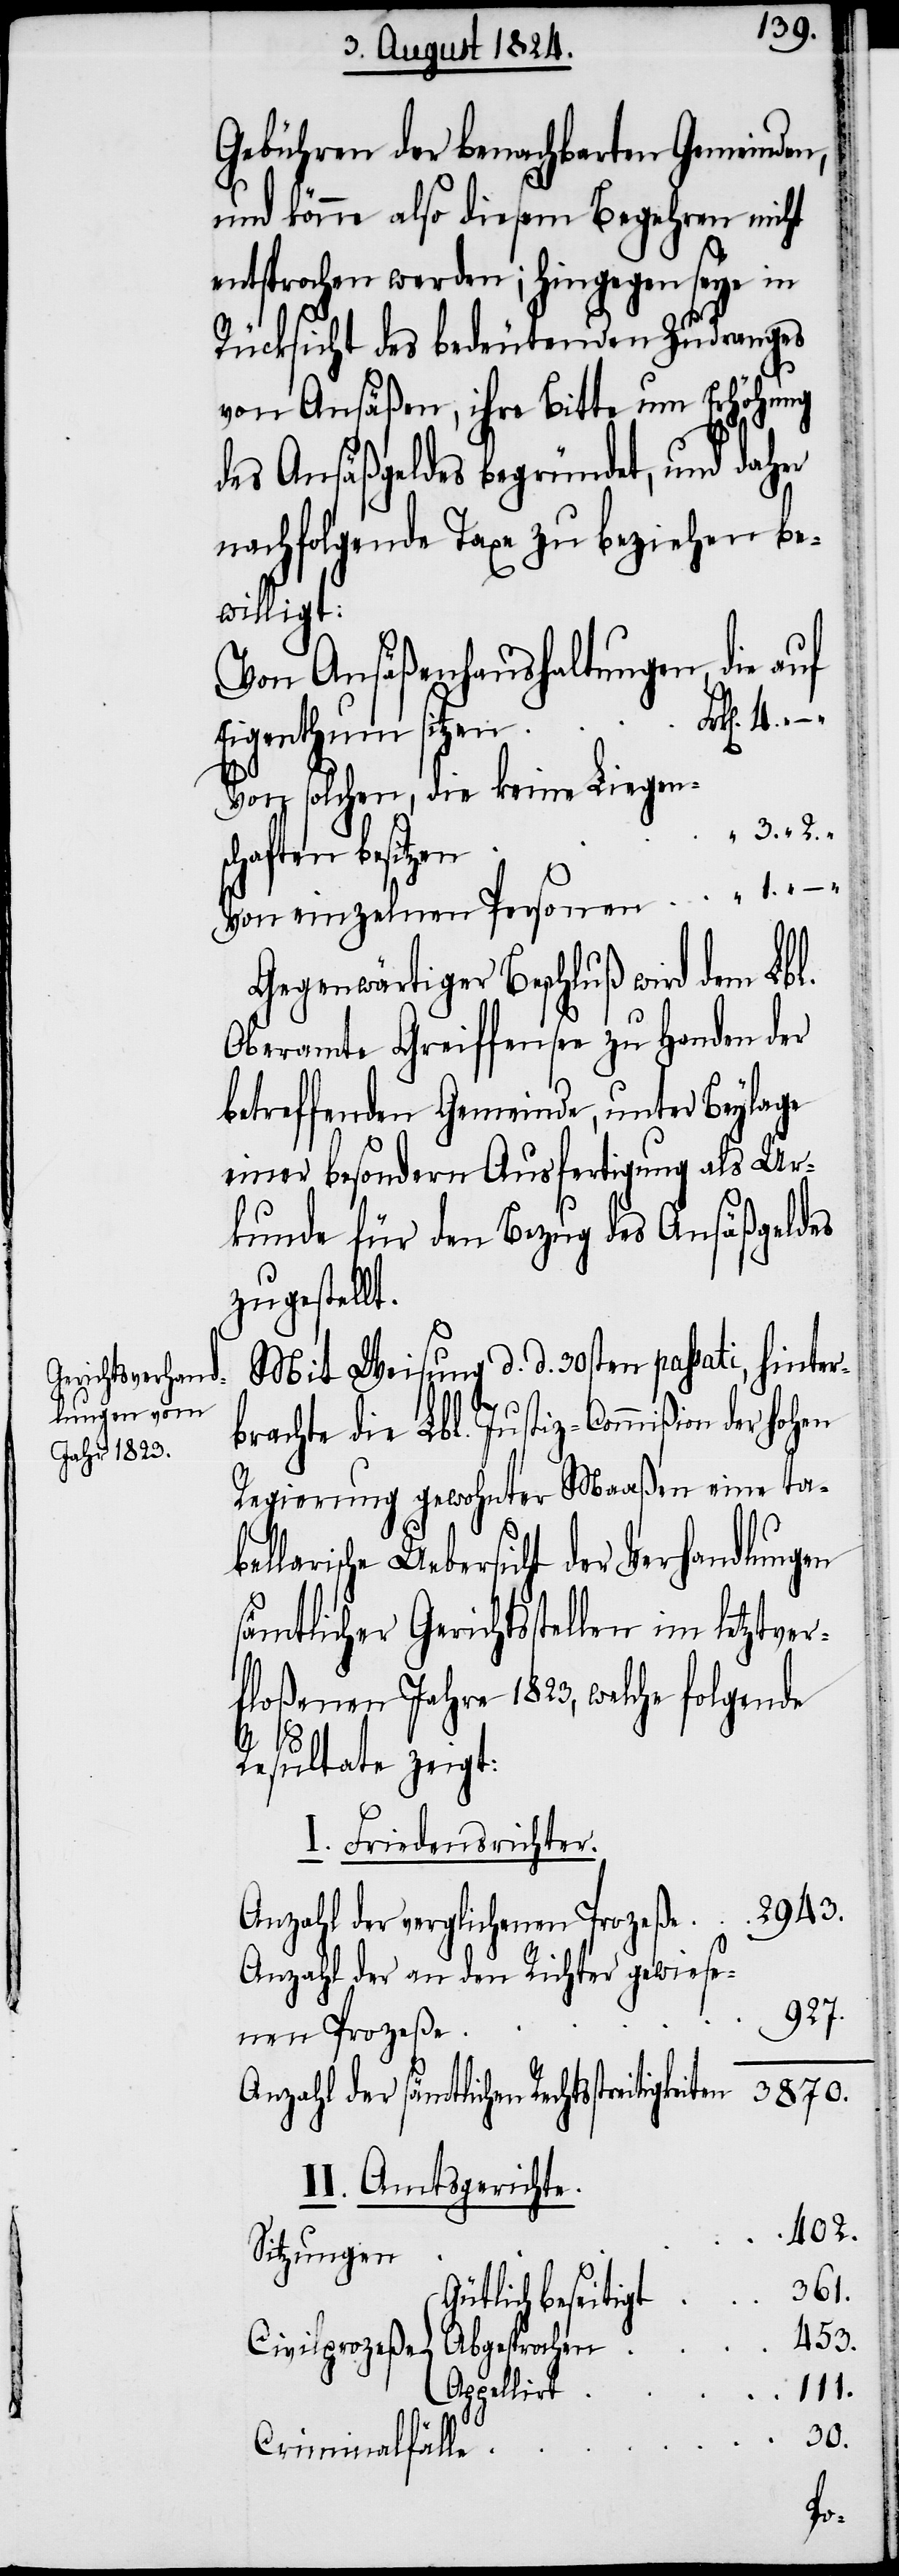
Gebühren der benachbarten Gemeinden,
und könne also diesem Begehren nicht
entsprochen werden; hingegen seye in
Rücksicht des bedeutenden Zudranges
von Ansäßen, ihre Bitte um Erhöhung
des Ansäßgeldes begründet, und daher
nachfolgend Taxe zu beziehen be¬
willigt:
Von Ansäßenhaushaltungen, die auf
tztver¬
4.
Eigenthum sitze¬
Von solchen, die keine Liegen¬
“ 3. 2.
gkeiten
Gegenwärtiger Beschluß wird dem Lbl.
Oberamte Greiffensee zu Handen der
betreffenden Gemeinde, unter Beylage
einer besondern Ausfertigung als Ur¬
kunde für den Bezug des Ansäßgeldes
zugestellt.
Mit Weisung d. d. 30sten passati, hinter¬
brachte die Lbl. Justiz-Commißion der
Regierung gewohnter Maaßen eine tabe¬
llarische Uebersicht der Verhandlungen
sämtlicher Gerichtsstellen im le¬
floßenen Jahre 1823, welche folgende
Resultate zeigt:
I. Friedensrichter.
Anzahl der an den Richter gewiese¬
927.
nen Prozeße
Anzahl der sämtlichen Rechtsstreiti¬
3870.
II. Amtsgerichte.
402.
Sitzungen
361.
Gütlich beseitigt
453.
111.
Appellirt
–
30.
Criminalfälle
sc¬